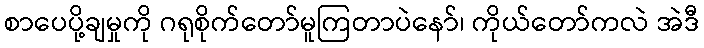
စာပေပို့ချမှုကို ဂရုစိုက်တော်မူကြတာပဲနော်၊ ကိုယ်တော်ကလဲ အဲဒီ